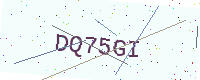
Text: DQ75GI